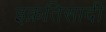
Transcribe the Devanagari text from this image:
इक़तिसादी